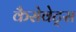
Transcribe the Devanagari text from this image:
कैसेवेट्स